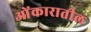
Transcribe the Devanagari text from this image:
ओंकारातील